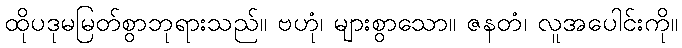
ထိုပဒုမမြတ်စွာဘုရားသည်။ ဗဟုံ၊ များစွာသော။ ဇနတံ၊ လူအပေါင်းကို။